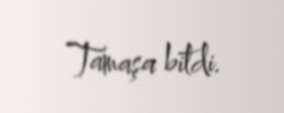
Tamaşa bitdi.